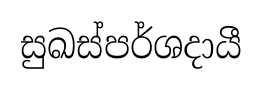
සුඛස්පර්ශදායී